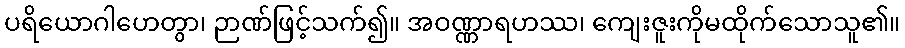
ပရိယောဂါဟေတွာ၊ ဉာဏ်ဖြင့်သက်၍။ အဝဏ္ဏာရဟဿ၊ ကျေးဇူးကိုမထိုက်သောသူ၏။